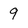
Character: 9